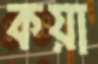
কয়া